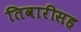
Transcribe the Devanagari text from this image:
तिवारीसह